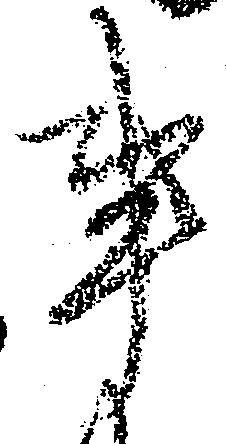
事